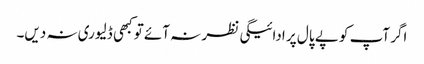
اگر آپ کو پے پال پر ادائیگی نظر نہ آئے تو کبھی ڈلیوری نہ دیں۔